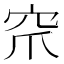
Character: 𮃹